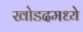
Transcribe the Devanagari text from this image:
खोडदमध्ये